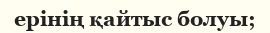
ерінің қайтыс болуы;